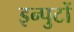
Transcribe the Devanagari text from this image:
इन्पुटों